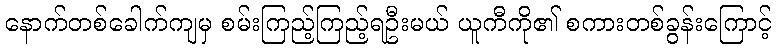
နောက်တစ်ခေါက်ကျမှ စမ်းကြည့်ကြည့်ရဦးမယ် ယူကီကို၏ စကားတစ်ခွန်းကြောင့်